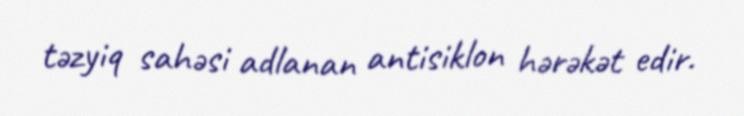
təzyiq sahəsi adlanan antisiklon hərəkət edir.